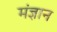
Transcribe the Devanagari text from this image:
मंज्ञान